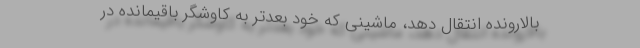
بالارونده انتقال دهد، ماشینی که خود بعدتر به کاوشگرِ باقيمانده در